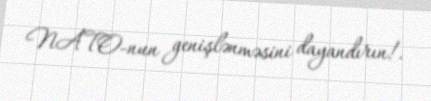
NATO-nun genişlənməsini dayandırın!.